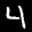
Label: 4